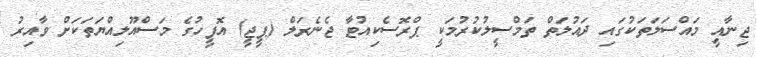
ޖިނާއީ މައްސަލަތަކުގައި ދައުލަތް ތަމްސީލުކުރުމަކީ ޕްރޮސެކިއުޓާ ޖެނެރަލް (ޕީޖީ) އޮފީހުގެ މަސްއޫލިއްޔަތަކަށް ވާއިރު